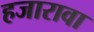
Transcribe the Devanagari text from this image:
हजारावा